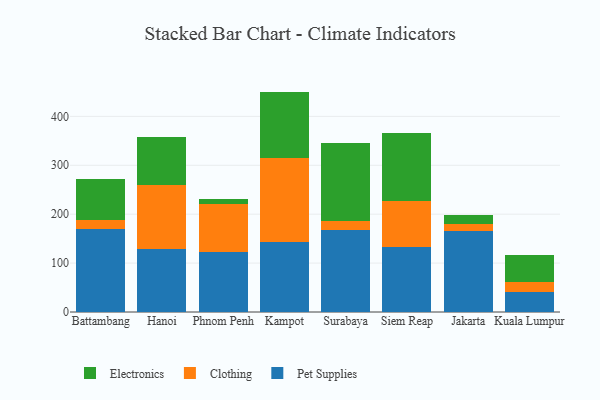
{"axis": {"x": "City", "y": "Revenue (USD Million)"}, "legend": ["Clothing", "Electronics", "Pet Supplies"], "data": [{"x": "Battambang", "y": 170.1, "type": "Pet Supplies"}, {"x": "Battambang", "y": 18.3, "type": "Clothing"}, {"x": "Battambang", "y": 83.0, "type": "Electronics"}, {"x": "Hanoi", "y": 128.8, "type": "Pet Supplies"}, {"x": "Hanoi", "y": 129.9, "type": "Clothing"}, {"x": "Hanoi", "y": 99.8, "type": "Electronics"}, {"x": "Phnom Penh", "y": 123.2, "type": "Pet Supplies"}, {"x": "Phnom Penh", "y": 98.6, "type": "Clothing"}, {"x": "Phnom Penh", "y": 9.8, "type": "Electronics"}, {"x": "Kampot", "y": 142.8, "type": "Pet Supplies"}, {"x": "Kampot", "y": 172.3, "type": "Clothing"}, {"x": "Kampot", "y": 135.6, "type": "Electronics"}, {"x": "Surabaya", "y": 167.9, "type": "Pet Supplies"}, {"x": "Surabaya", "y": 18.9, "type": "Clothing"}, {"x": "Surabaya", "y": 159.5, "type": "Electronics"}, {"x": "Siem Reap", "y": 132.2, "type": "Pet Supplies"}, {"x": "Siem Reap", "y": 94.1, "type": "Clothing"}, {"x": "Siem Reap", "y": 139.2, "type": "Electronics"}, {"x": "Jakarta", "y": 166.0, "type": "Pet Supplies"}, {"x": "Jakarta", "y": 14.8, "type": "Clothing"}, {"x": "Jakarta", "y": 18.4, "type": "Electronics"}, {"x": "Kuala Lumpur", "y": 41.0, "type": "Pet Supplies"}, {"x": "Kuala Lumpur", "y": 21.2, "type": "Clothing"}, {"x": "Kuala Lumpur", "y": 53.9, "type": "Electronics"}]}